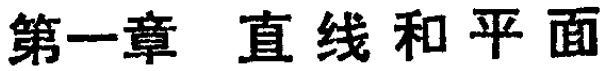
第一章 直线和平面